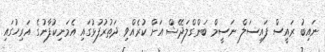
ނައިބު ރައީސް ފައިސަލް ނަސީމް ބަންގްލަދޭޝް އަށް ކުރެއްވި ދަތުރުފުޅުގައި އެމަނިކުފާނުގެ އަރިހުގައި